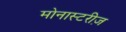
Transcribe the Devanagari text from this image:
मोनास्टरीज़